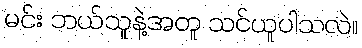
မင်း ဘယ်သူနဲ့အတူ သင်ယူပါသလဲ။